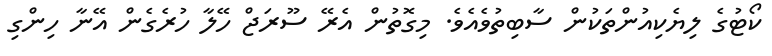
ކޯޓުގެ ލިިޔެކިއުންތަކުން ސާބިތުވެއެވެ. މިގޮތުން އެރޭ ސޫރަޖް ހޭލާ ހުރެގެން އޭނާ ހިންގި